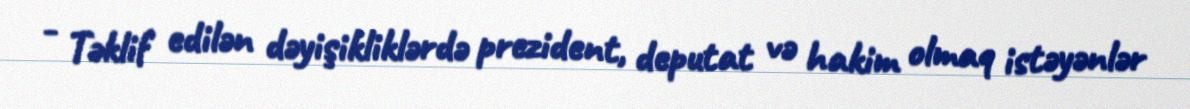
- Təklif edilən dəyişikliklərdə prezident, deputat və hakim olmaq istəyənlər